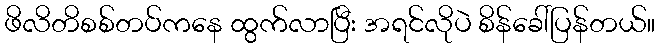
ဖိလိတိစစ်တပ်ကနေ ထွက်လာပြီး အရင်လိုပဲ စိန်ခေါ်ပြန်တယ်။